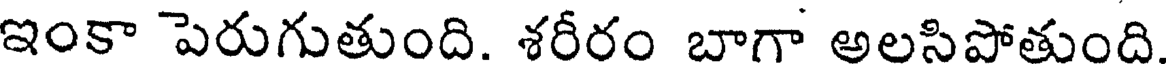
ఇంకా పెరుగుతుంది. శరీరం బాగా అలసిపోతుంది